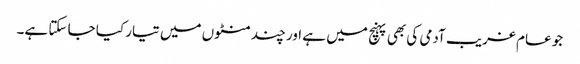
جو عام غریب آدمی کی بھی پہنچ میں ہے اور چند منٹوں میں تیار کیا جا سکتا ہے۔